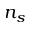
n _ { s }